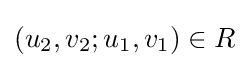
(u_{2},v_{2};u_{1},v_{1})\in R